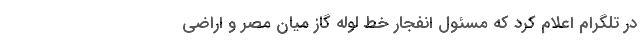
در تلگرام اعلام کرد که مسئول انفجار خط لوله گاز میان مصر و اراضی